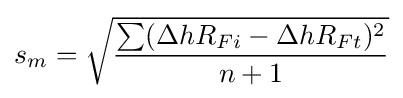
s_{m}={\sqrt {\frac {\sum (\Delta hR_{Fi}-\Delta hR_{Ft})^{2}}{n+1}}}